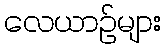
လေယာဉ်များ